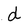
Character: d